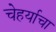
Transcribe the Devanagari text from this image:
चेहर्याचा